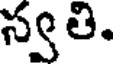
స్వతి.